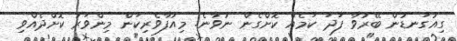
ގިއުގަނޑުން ބޭރުވާ ފަދަ ކަމެއް ކޮށްގެން ނުވާނެ. މިއުފާވެރިކަން މިންވަރު ކޮށްދެއްވި